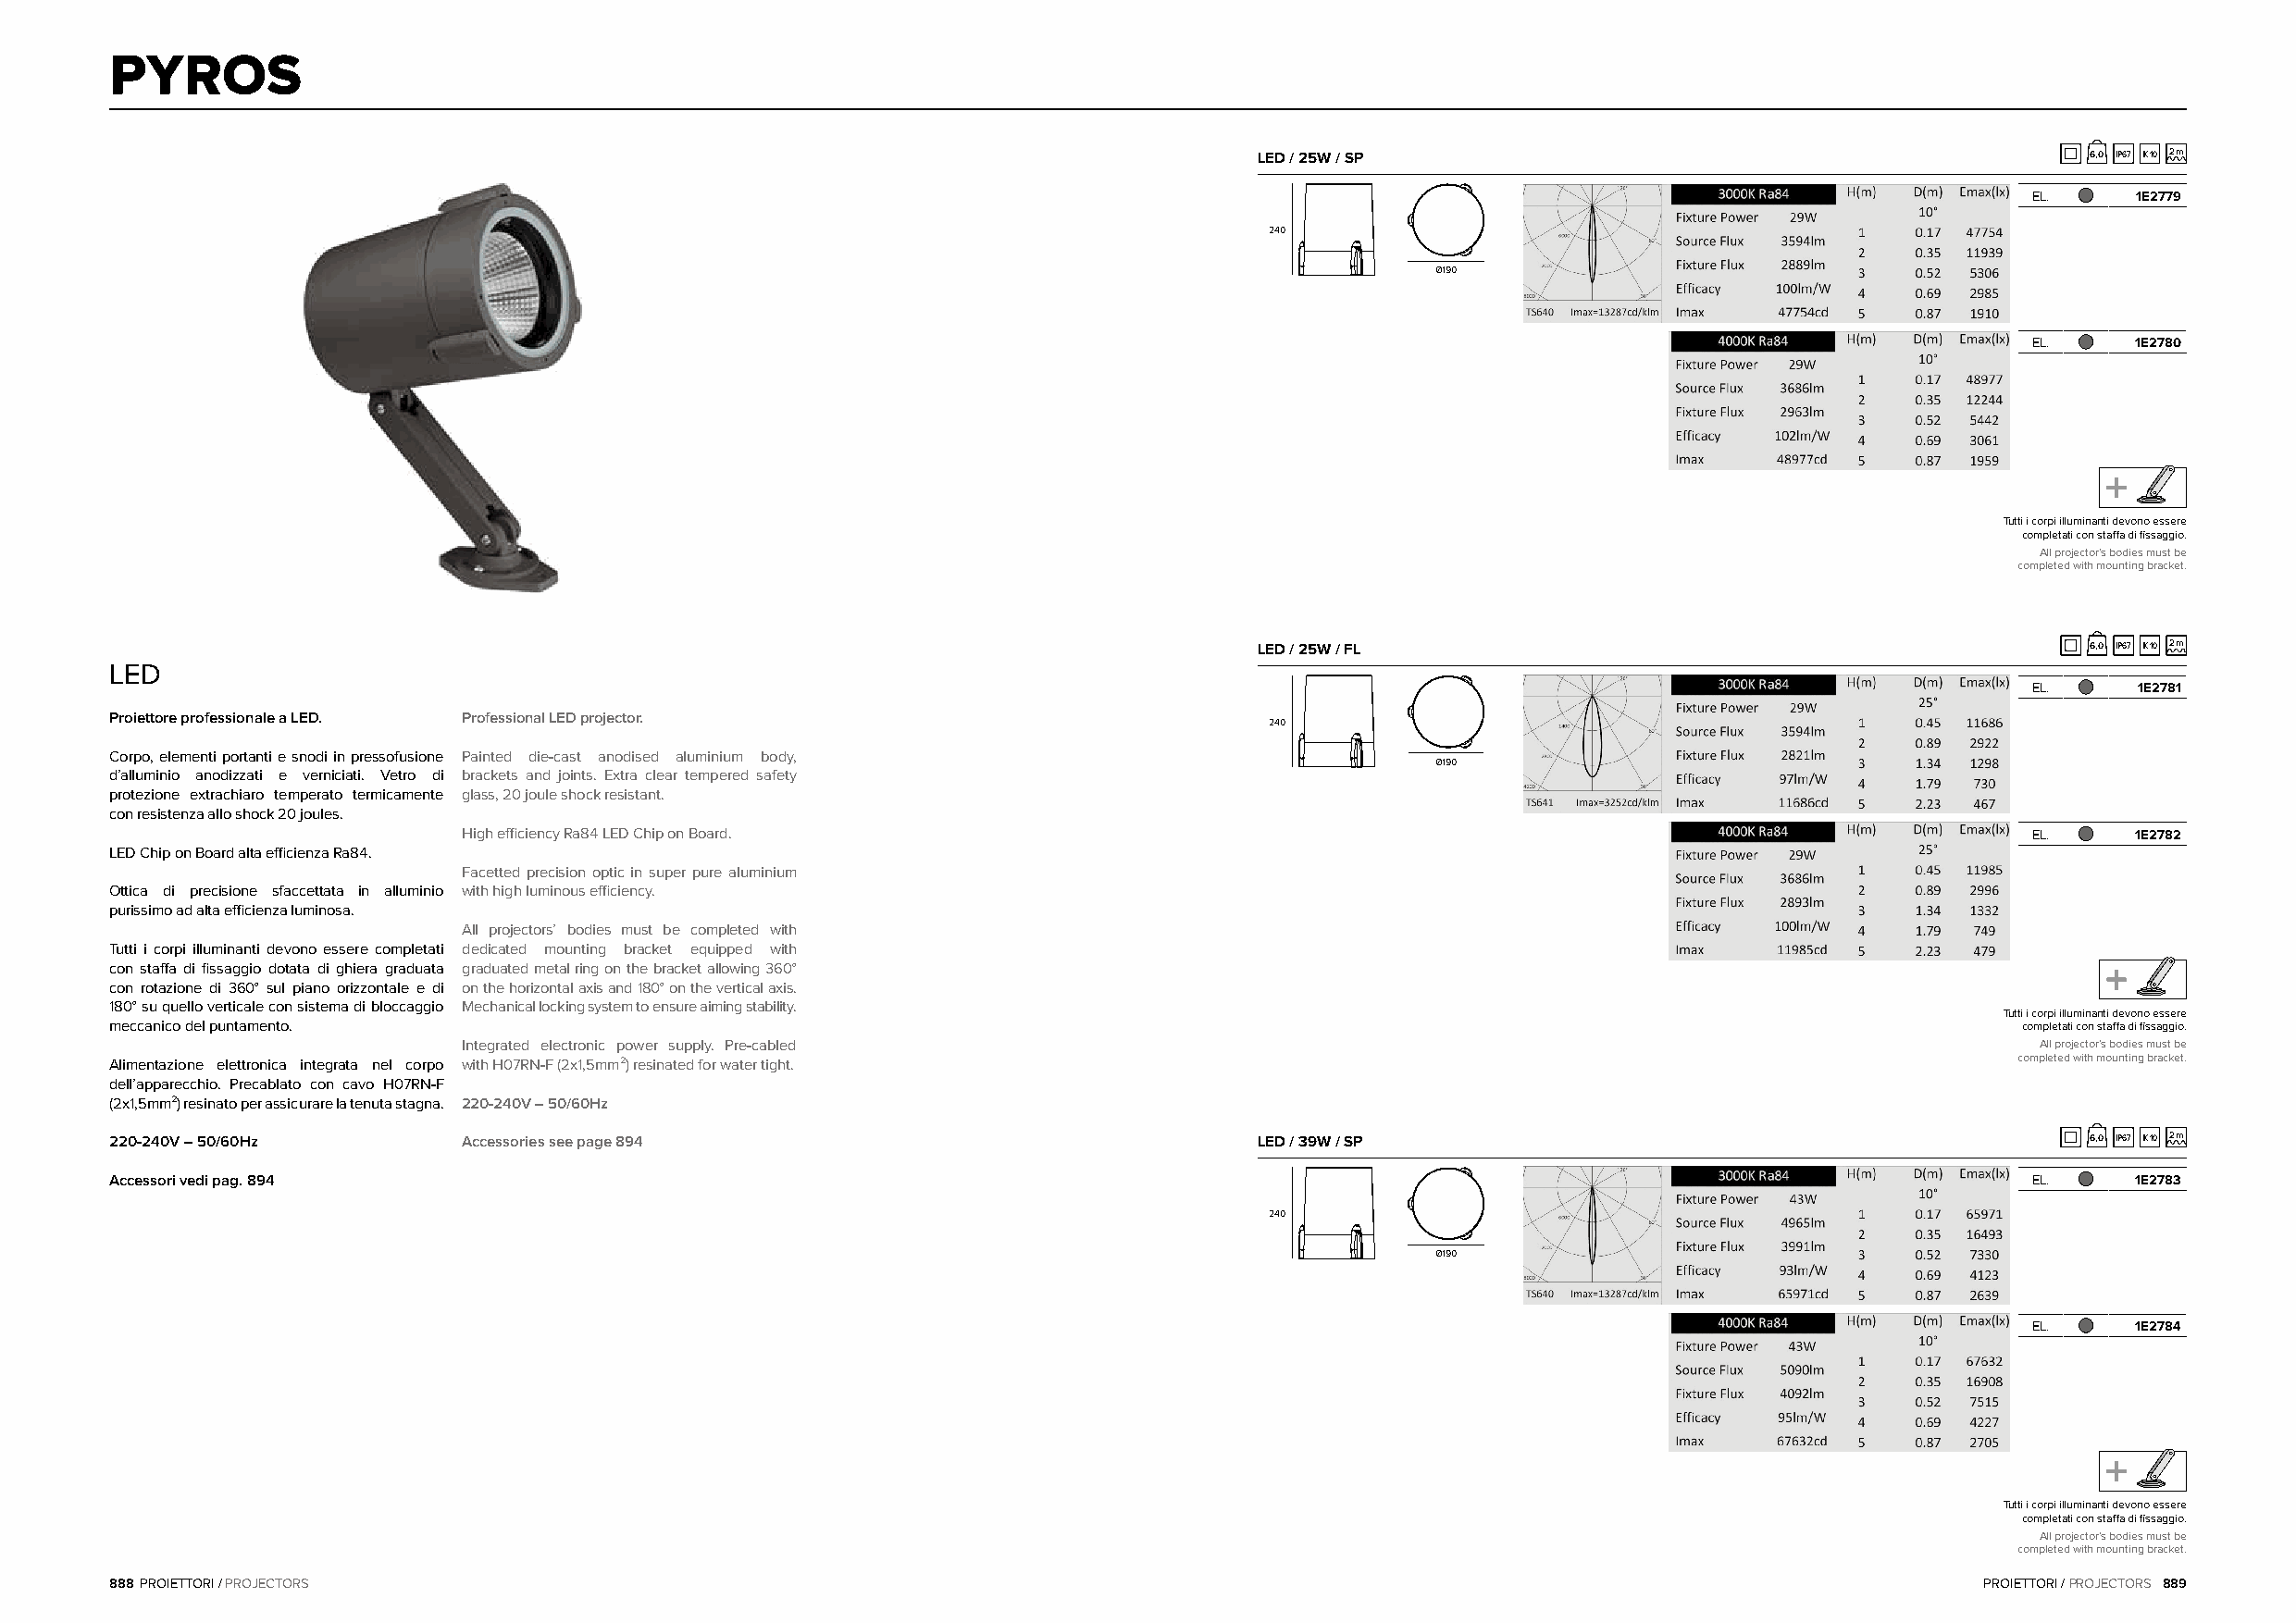
PYROS
 LED / 25W / SP                                             6,0 IP67 IK10 2m
 EL.     1E2779
 240
 Ø190
 EL.     1E2780
 Tutti i corpi illuminanti devono essere
 completati con staffa di fissaggio.
 All projector’s bodies must be
 completed with mounting bracket.
 LED / 25W / FL                                             6,0 IP67 IK10 2m
 LED
 EL.     1E2781
 Proiettore professionale a LED. Professional LED projector.
 240
 Corpo, elementi portanti e snodi in pressofusione Painted die-cast anodised aluminium body,
 Ø190
 d’alluminio anodizzati e verniciati. Vetro di brackets and joints. Extra clear tempered safety
 protezione extrachiaro temperato termicamente glass, 20 joule shock resistant.
 con resistenza allo shock 20 joules.
 High efficiency Ra84 LED Chip on Board.                                                                         EL.     1E2782
 LED Chip on Board alta efficienza Ra84.
 Facetted precision optic in super pure aluminium
 Ottica di precisione sfaccettata in alluminio with high luminous efficiency.
 purissimo ad alta efficienza luminosa.
 All projectors’ bodies must be completed with
 Tutti i corpi illuminanti devono essere completati dedicated mounting bracket equipped with
 con staffa di fissaggio dotata di ghiera graduata graduated metal ring on the bracket allowing 360°
 con rotazione di 360° sul piano orizzontale e di on the horizontal axis and 180° on the vertical axis.
 180° su quello verticale con sistema di bloccaggio Mechanical locking system to ensure aiming stability.
 Tutti i corpi illuminanti devono essere
 meccanico del puntamento.                                                                                                                completati con staffa di fissaggio.
 Integrated electronic power supply. Pre-cabled                                                                   All projector’s bodies must be
 Alimentazione elettronica integrata nel corpo with H07RN-F (2x1,5mm²) resinated for water tight.                                        completed with mounting bracket.
 dell’apparecchio. Precablato con cavo H07RN-F
 (2x1,5mm²) resinato per assicurare la tenuta stagna. 220-240V – 50/60Hz
 220-240V – 50/60Hz       Accessories see page 894                                 LED / 39W / SP                                             6,0 IP67 IK10 2m
 Accessori vedi pag. 894                                                                                                                  EL.     1E2783
 240
 Ø190
 EL.     1E2784
 Tutti i corpi illuminanti devono essere
 completati con staffa di fissaggio.
 All projector’s bodies must be
 completed with mounting bracket.
 888 PROIETTORI / PROJECTORS                                                                                                           PROIETTORI / PROJECTORS 889